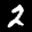
Label: 2